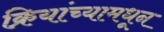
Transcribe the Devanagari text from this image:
क्रियांच्यामधून